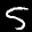
Label: 5